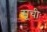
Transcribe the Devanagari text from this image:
सूचीः